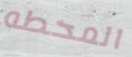
المحطه